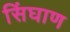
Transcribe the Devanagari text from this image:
सिंघाण